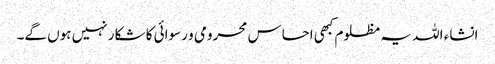
انشاء اللہ یہ مظلوم کبھی احساس محرومی و رسوائی کا شکار نہیں ہوں گے۔